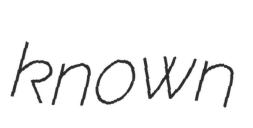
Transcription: known